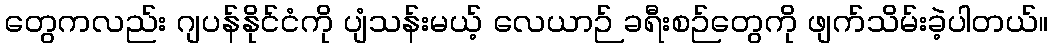
တွေကလည်း ဂျပန်နိုင်ငံကို ပျံသန်းမယ့် လေယာဉ် ခရီးစဉ်တွေကို ဖျက်သိမ်းခဲ့ပါတယ်။